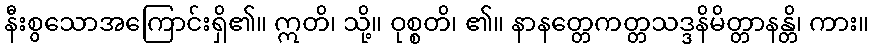
နီးစွသောအကြောင်းရှိ၏။ ဣတိ၊ သို့။ ဝုစ္စတိ၊ ၏။ နာနတ္တေကတ္တသဒ္ဒနိမိတ္တာနန္တိ၊ ကား။